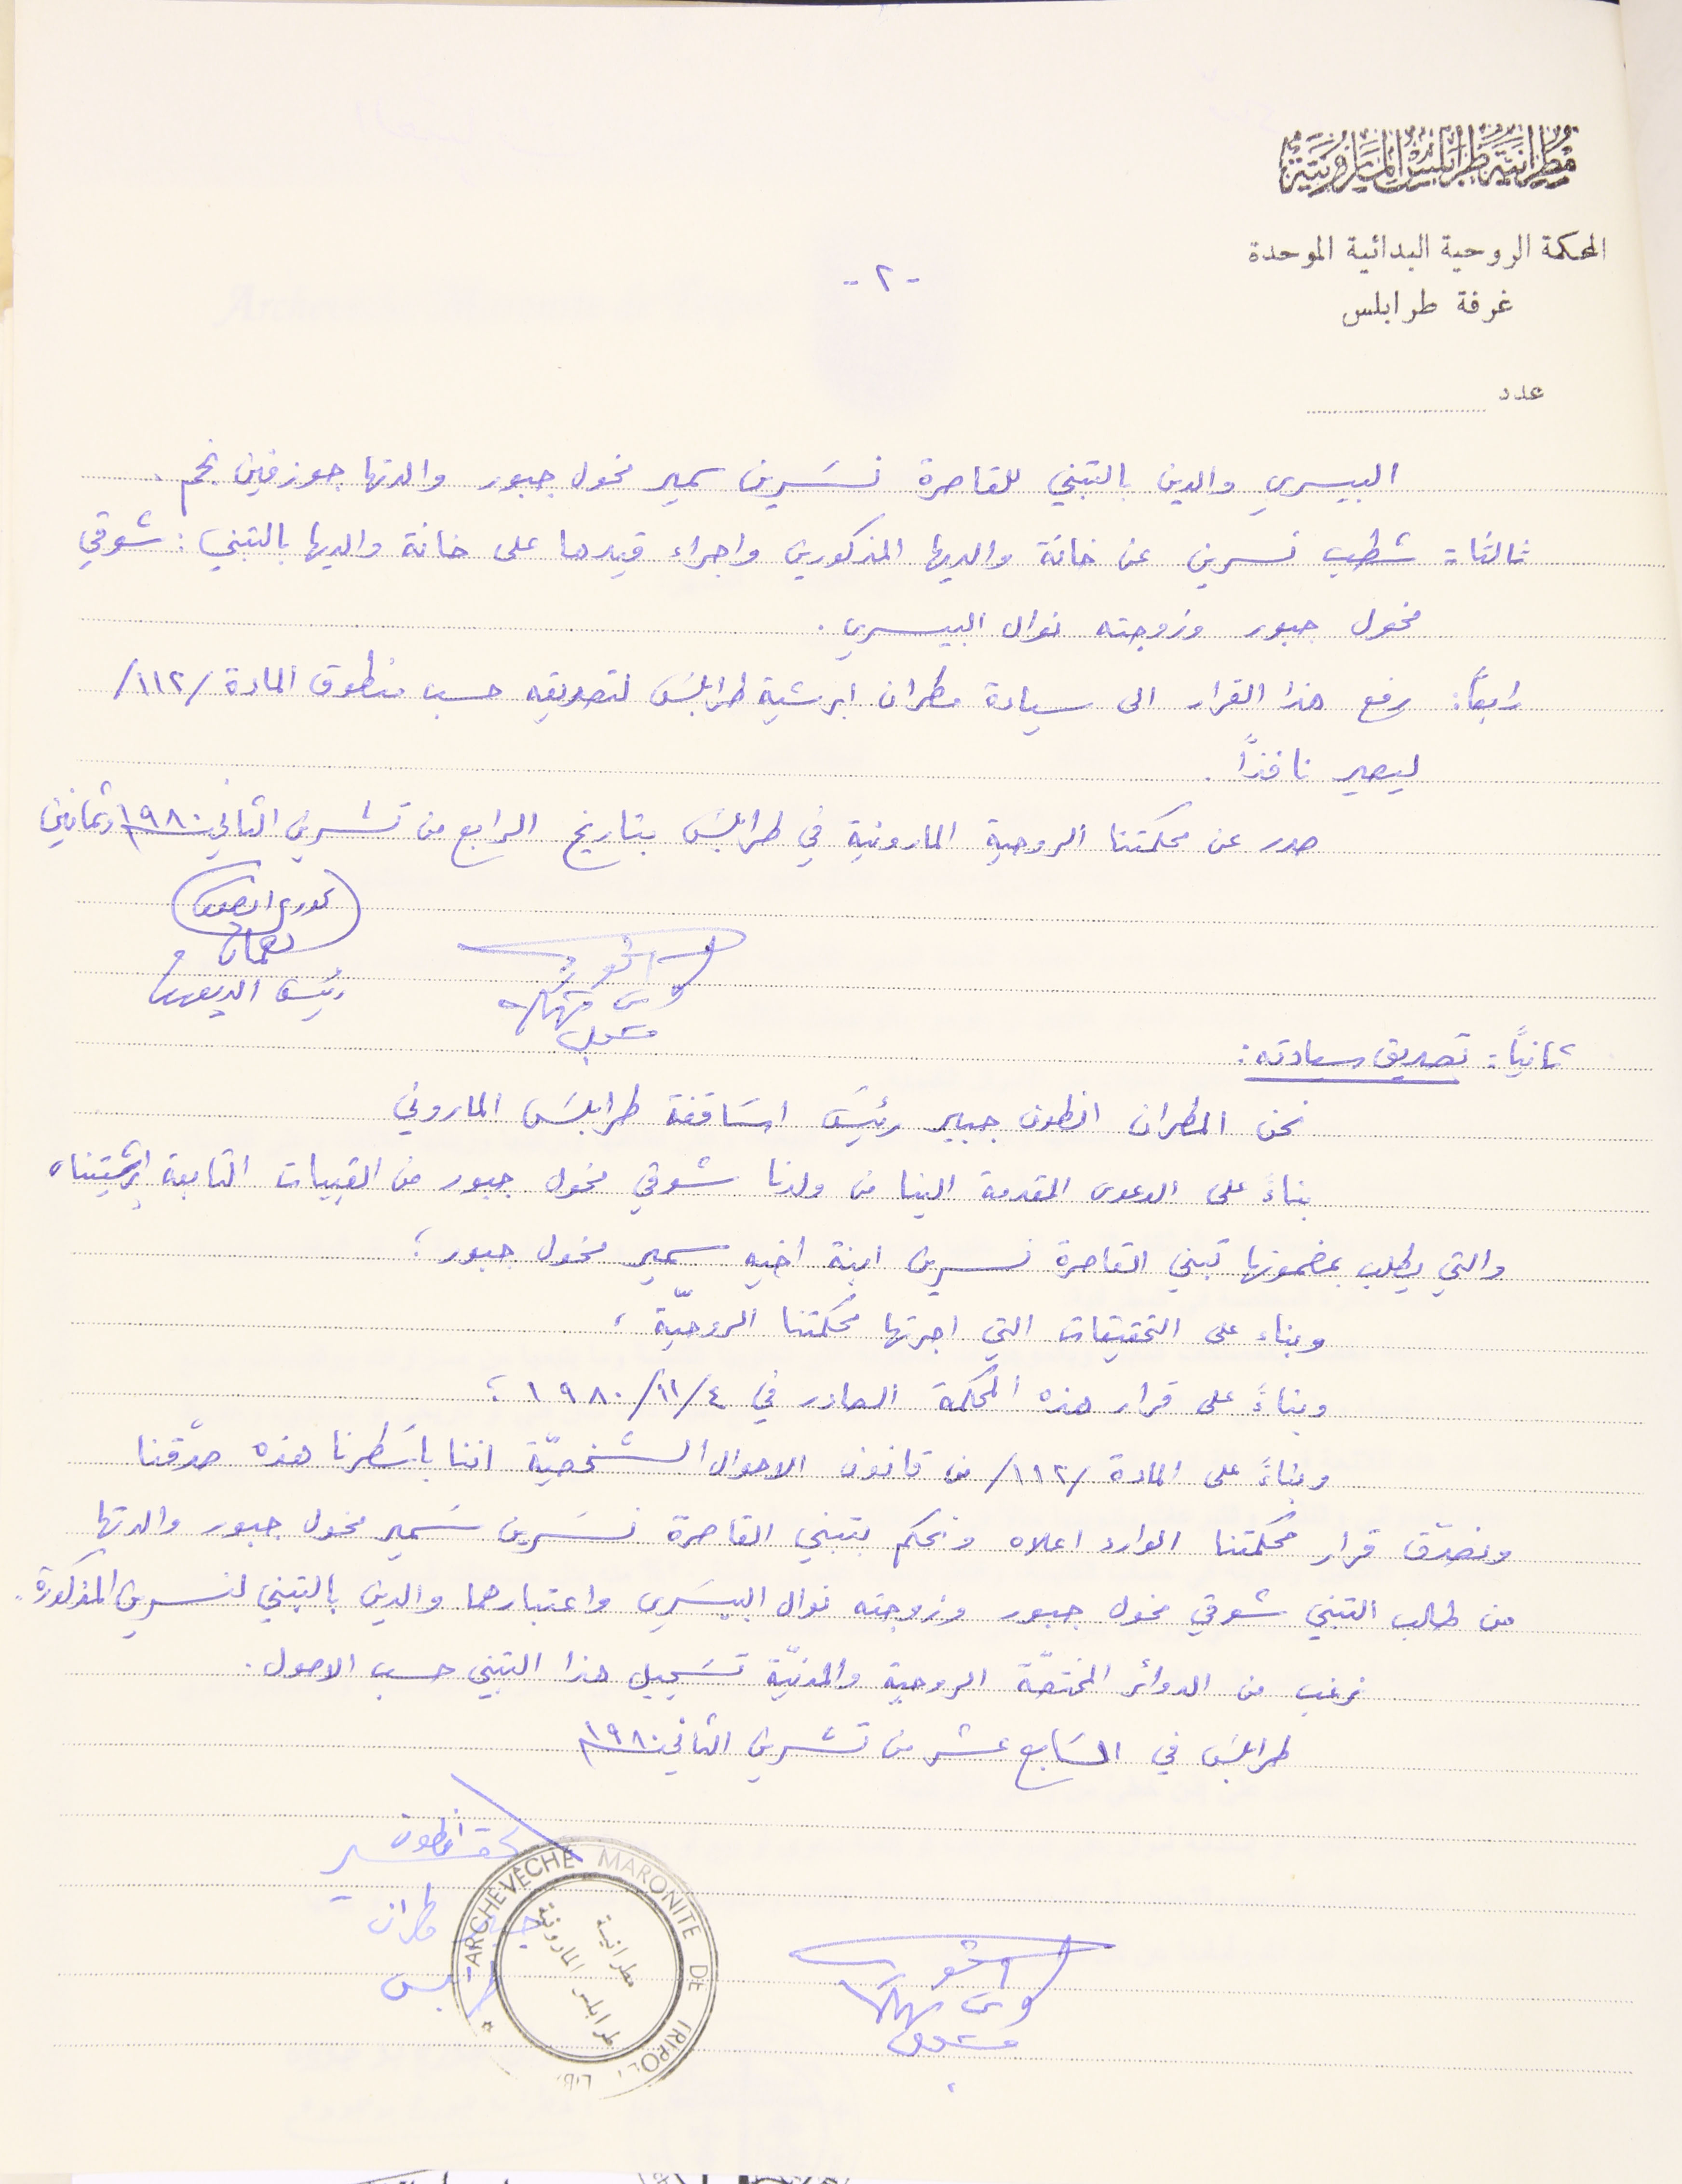
مطرانية طرابلس المارونية
المحكمة الروحية البدائية الموحدة
-٢-
غرفة طرابلس
البيسري والدين بالتبني للقاصرة نسَرين سمير مخول جبور والدتها جوزفين نحم .
ثالتا: شطب نسرين عن خانة والديها المذكورين واجراء قيدها على خانة والديها بالتبني: شوقي
مخول جبور وزوجته نوال البيسري.
رابعاً: رفع هذا القرار الى سيادة مطران ابرشية طرابلسَ لتصديقه حسب منطوق المادة /١١٢/
ليصير نافذاً
صدر عن محكمتنا الروحية المارونية في طرابلسَ بتاريخ الرابع من تشرين الثاني ١٩٨٠ وثمانين
ثانيًا: تصديق سيادته:
نحن المطران انطون جبير رئيس اسَاقفة طرابلس الماروني
بناء على الدعوى المقدمة الينا من ولدنا شوقي مخول جبور من القبيات التابعة ابرشيتنا،
والتي يطلب بمضمونها تبني القاصرة نسرين ابنة اخيه سمير مخول جبور؛
وبناء على التحقيقات التي اجرتها محكمتنا الروحيّة،
وبناء على قرار هذه المحكمة الصادر في ٤/ ١١/ ١٩٨٠؛
وبناءً على المادة /١١٢/ من قانون الاحوال الشخصيّة اننا باسَطرنا هذه صدّقنا
 ونصدّق قرار محكمتنا الوارد اعلاه ونحكم بتبني القاصرة نسَرين سَمير مخول جبور والدتها
من طالب التبني شوقي مخول جبور وزوجته نوال البيسَري واعتبارهما والدين بالتبني لنسرين المذكورة.
نرغب من الدوائر المختصّة الروحية والمدنيّة تسَجيل هذا التبني حسب الاوصول.
 طرابلسَ في السَابع عشر من تشرين الثاني ١٩٨٠
عدد
الحورى انطون نعمان رئيس الديوان
الحقير انطون
جبير مطران طرابلس